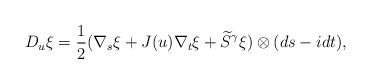
LaTeX: \begin{align*} D_u \xi=\frac{1}{2} (\nabla_s \xi +J(u)\nabla_t \xi + \widetilde S^\gamma \xi)\otimes (ds -i dt),\end{align*}